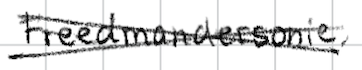
Text: Freedmandersonie,
Cross-out: cross
Writing tool: digital_black